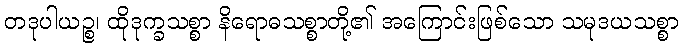
တဒုပါယဉ္စ၊ ထိုဒုက္ခသစ္စာ နိရောဓသစ္စာတို့၏ အကြောင်းဖြစ်သော သမုဒယသစ္စာ